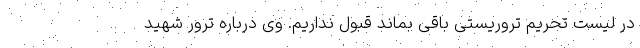
در لیست تحریم تروریستی باقی بماند قبول نداریم. وی درباره ترور شهید